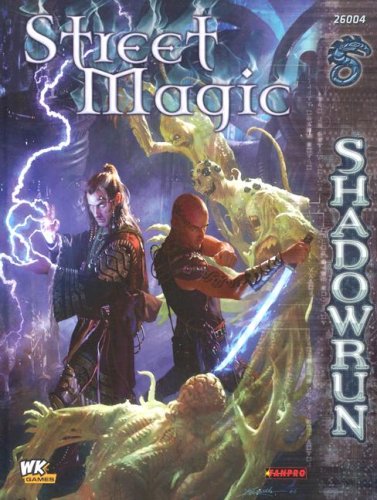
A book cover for Shadowrun: Street Magic (FPR26004); FanPro Staff; Science Fiction & Fantasy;